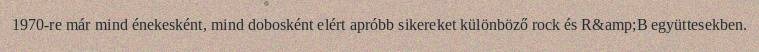
1970-re már mind énekesként, mind dobosként elért apróbb sikereket különböző rock és R&amp;B együttesekben.